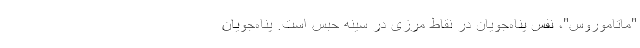
"ماتاموروس"، نفس پناه‌جویان در نقاط مرزی در سینه حبس است. پناه‌جویان